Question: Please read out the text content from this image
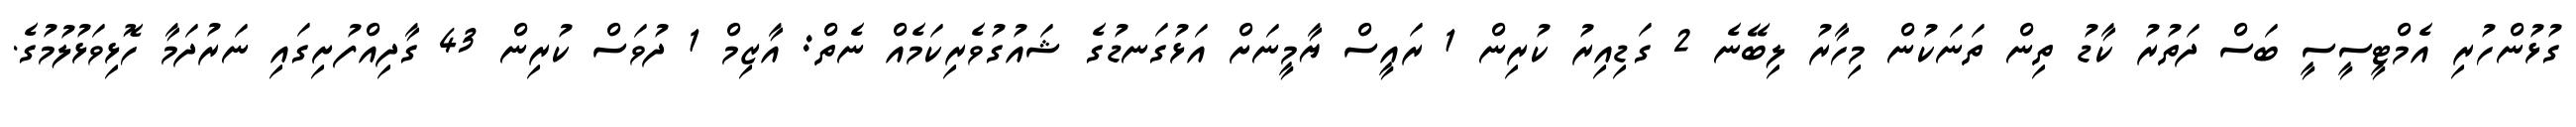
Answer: ގުޅުންހުރި އެމްޓީސީސީ ބަސް ދަތުރު ކާޑު ތިން ތަނަކުން މިހާރު ލިބޭނެ 2 ގަޑިއިރު ކުރިން 1 ރައީސް ޔާމީނަށް އަޅުގަނޑުގެ ޝައުގުވެރިކަމެއް ނެތް: އާޒިމް 1 ދުވަސް ކުރިން 43 ގާދިއްފުށިގައި ނަރުދަމާ ހޮޅިވަޅުލުމުގެ.